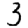
Digit: 3